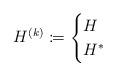
LaTeX: \begin{align*}H^{(k)} \coloneqq \begin{cases}H &\\H^* &\end{cases}\end{align*}